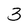
Character: 3